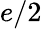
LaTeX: e/2